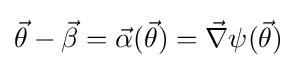
{\vec {\theta }}-{\vec {\beta }}={\vec {\alpha }}({\vec {\theta }})={\vec {\nabla }}\psi ({\vec {\theta }})